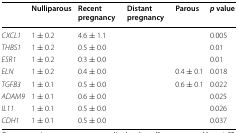
<table><thead><tr><td>[EMPTY_CELL]</td><td><b>Nulliparous</b></td><td><b>Recent pregnancy</b></td><td><b>Distant pregnancy</b></td><td><b>Parous</b></td><td><b><i>p</i> value</b></td></tr></thead><tbody><tr><td><i>CXCL1</i></td><td>1 ± 0.2</td><td>4.6 ± 1.1</td><td>[EMPTY_CELL]</td><td>[EMPTY_CELL]</td><td>0.005</td></tr><tr><td><i>THBS1</i></td><td>1 ± 0.2</td><td>0.5 ± 0.0</td><td>[EMPTY_CELL]</td><td>[EMPTY_CELL]</td><td>0.01</td></tr><tr><td><i>ESR1</i></td><td>1 ± 0.2</td><td>0.3 ± 0.0</td><td>[EMPTY_CELL]</td><td>[EMPTY_CELL]</td><td>0.01</td></tr><tr><td><i>ELN</i></td><td>1 ± 0.2</td><td>0.4 ± 0.0</td><td>[EMPTY_CELL]</td><td>0.4 ± 0.1</td><td>0.018</td></tr><tr><td><i>TGFB3</i></td><td>1 ± 0.1</td><td>0.5 ± 0.0</td><td>[EMPTY_CELL]</td><td>0.6 ± 0.1</td><td>0.022</td></tr><tr><td><i>ADAM9</i></td><td>1 ± 0.1</td><td>0.6 ± 0.0</td><td>[EMPTY_CELL]</td><td>[EMPTY_CELL]</td><td>0.025</td></tr><tr><td><i>IL11</i></td><td>1 ± 0.1</td><td>0.5 ± 0.0</td><td>[EMPTY_CELL]</td><td>[EMPTY_CELL]</td><td>0.026</td></tr><tr><td><i>CDH1</i></td><td>1 ± 0.1</td><td>0.5 ± 0.0</td><td>[EMPTY_CELL]</td><td>[EMPTY_CELL]</td><td>0.037</td></tr></tbody></table>